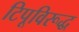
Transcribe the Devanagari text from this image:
टिपूविरूद्ध